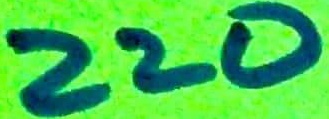
Text: 220